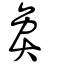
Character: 㚟